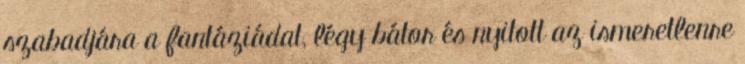
szabadjára a fantáziádat, légy bátor és nyitott az ismeretlenre